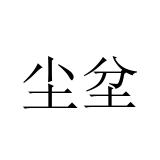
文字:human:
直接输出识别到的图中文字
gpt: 尘坌